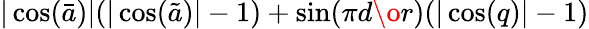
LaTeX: |\cos(\bar{a})|(|\cos(\tilde{a})|-1)+\sin({{\pi d}\o{r}})(|\cos(q)|-1)